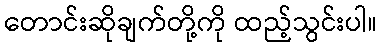
တောင်းဆိုချက်တို့ကို ထည့်သွင်းပါ။